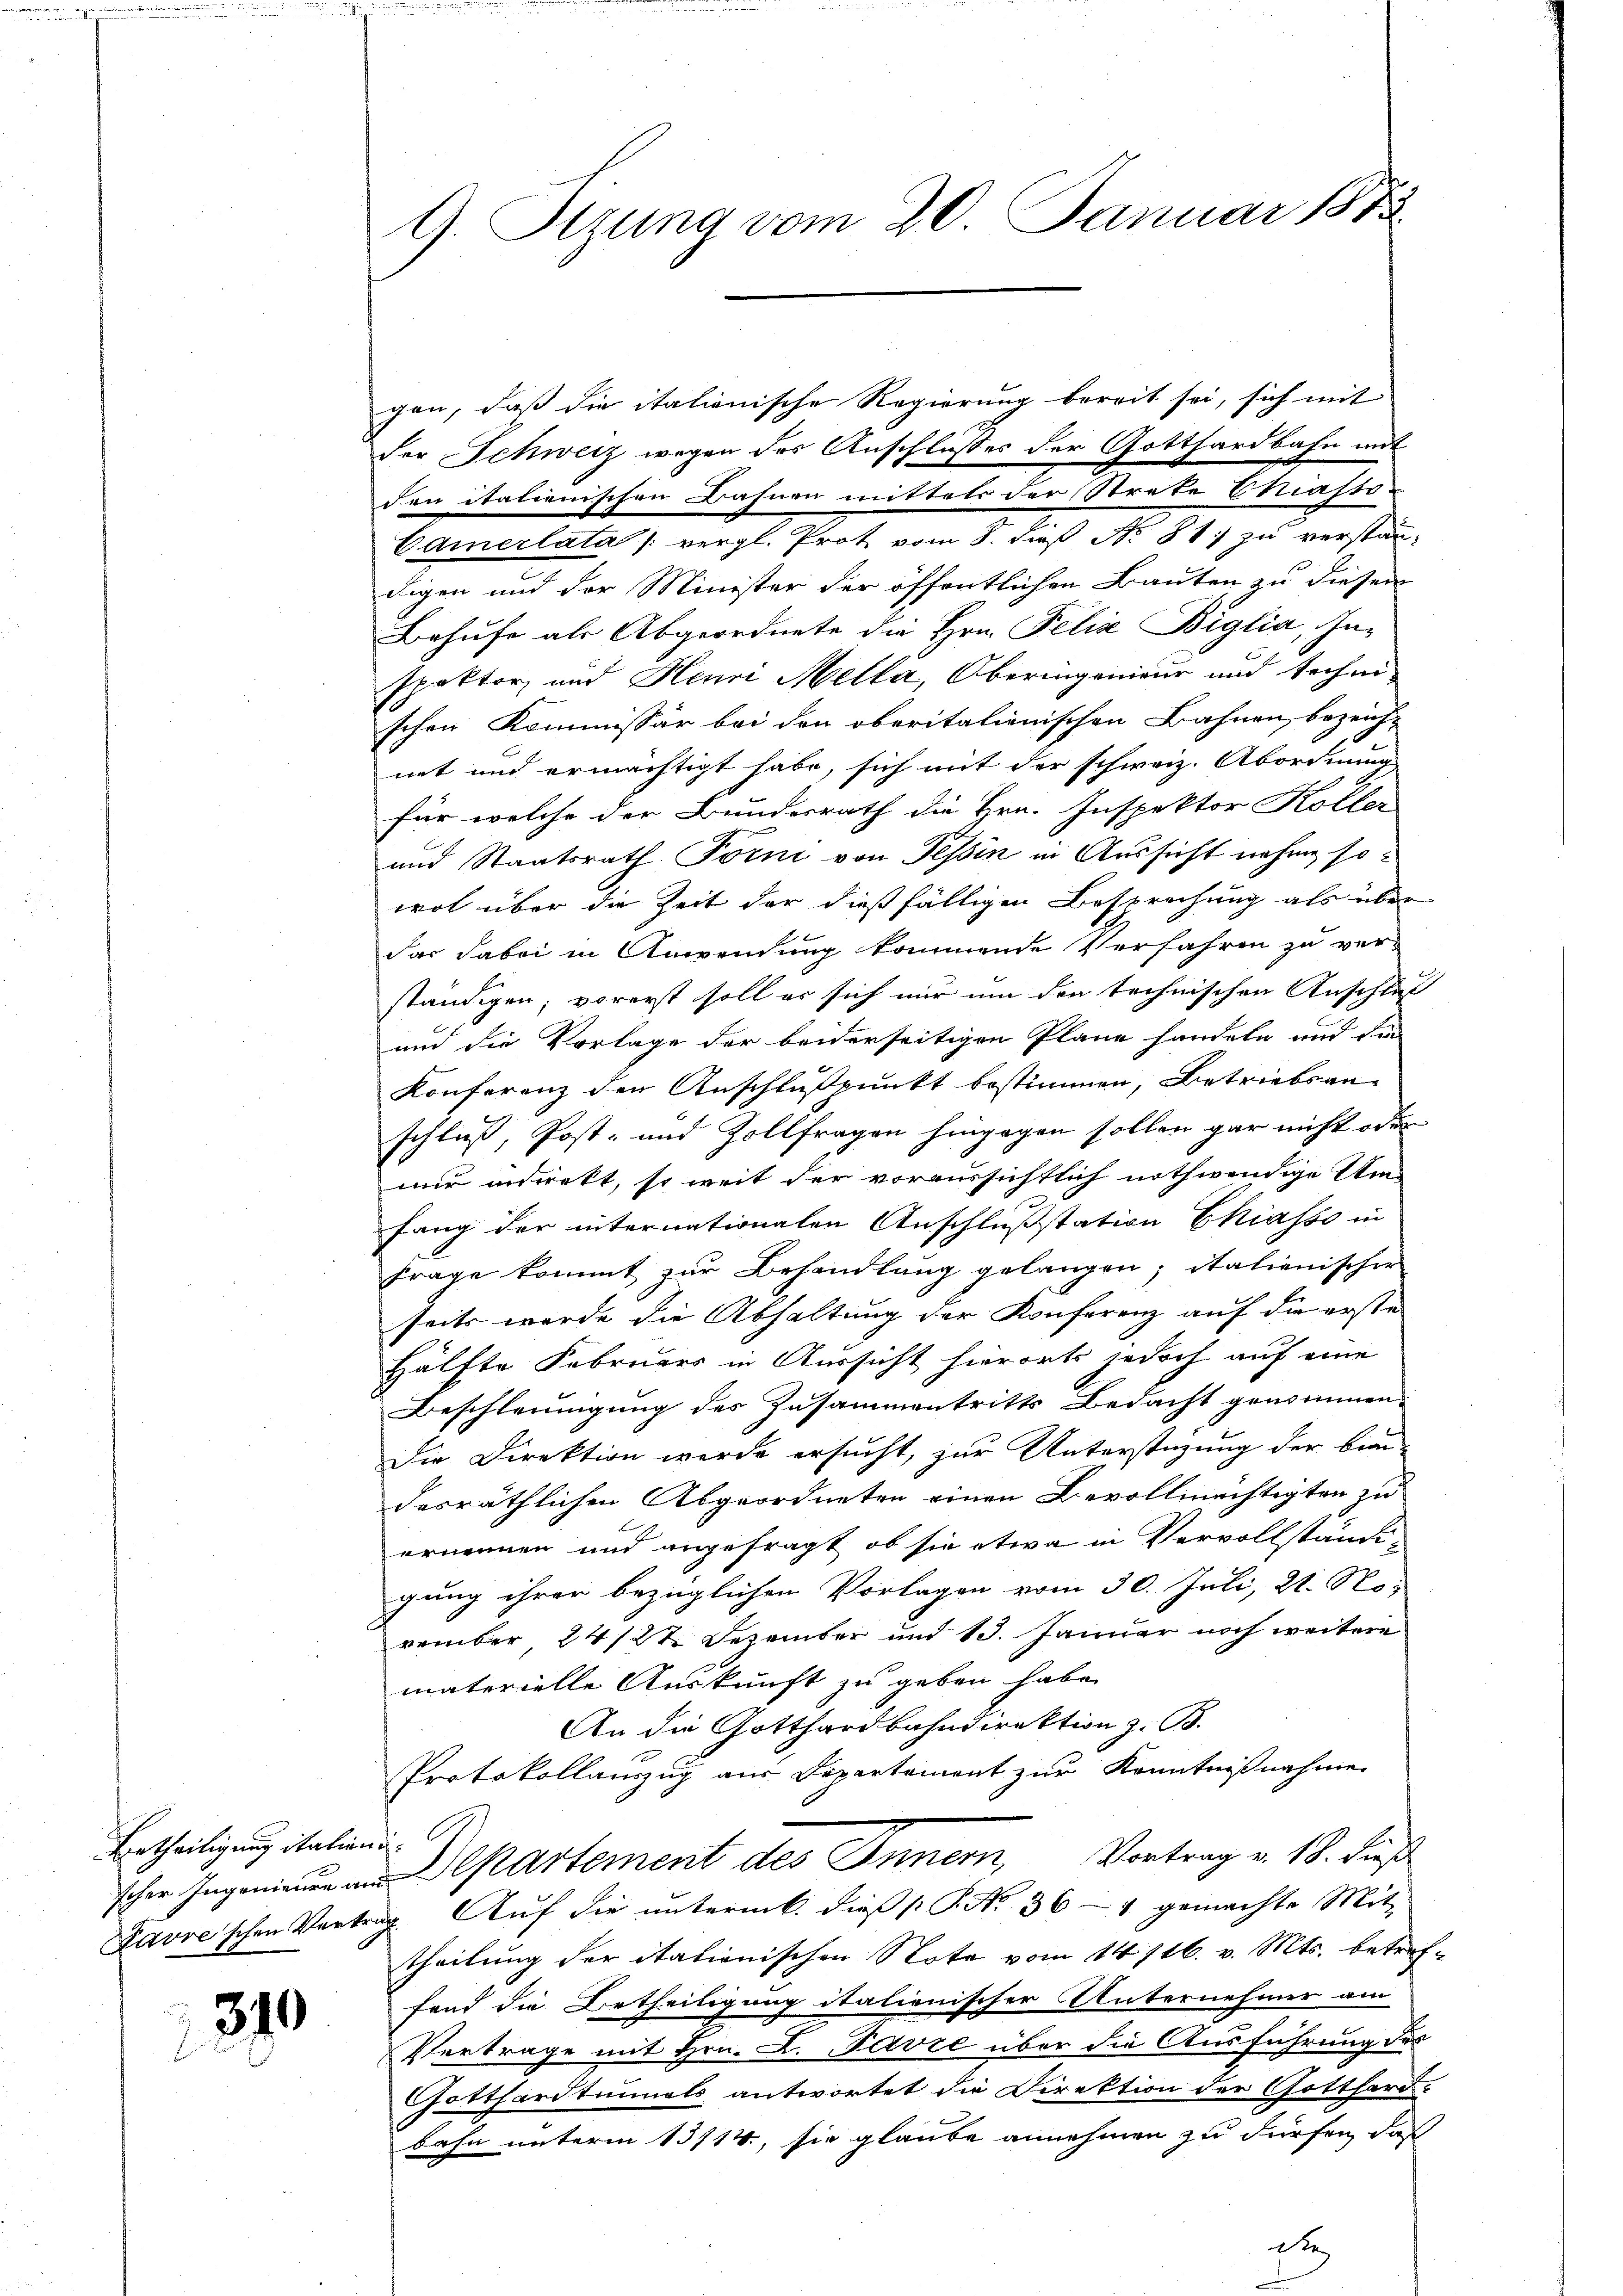
Ertheiligung italia.
scher Ingenieure an
Havre'schen Vort.

310

9. Setzung vom 20. Januar 1873.

gen, daß die italionische Regierung bereit sei, sich mit
der Schweiz wegen des Anschlußes der Gotthardbahn mit
den italienischen Bahnen mittels der Strate Chiafts-
Camerlata (vergl. Prot vom 8. daß No. 81. zu verstän-
digen und der Minister der öffentlichen Bauten zu diesem
Behufe als Abgeordnete die Hrn. Felix Biglia, Inspektor, und Henni Mella, Oberingenieur und techni
schen Kommissär bei den oberitalienischen Bahnen, bezeich-
net und ermächtigt habe, sich mit der schweiz. Abordnung
für welche der Bundesrath die Hrn. Inspektor Koller
und Staatsrath Forni von Tessin in Aussicht nahme so
wol über die Zeit der dießfälligen Besprechung als über
das dabei in Anwendung kommende Verfahren zu ver-
ständigen; vorerst soll er sich nur um den technischen Anschlus
und die Vorlage der beiderseitigen Pläne fandeln und die
Konferenz den Anschlußpunkt bestimmen, Betriebsan-
schließ, Post- und Zollfragen hingegen sollen gar nicht oder
mir intrett, so weit der voraussichtlich nothwendige Umfang der internationalen Anschlußstation Chiasso in
Frage kommt zur Behandlung gelangen; italienischer
seits werde die Abhaltung der Konferenz auf die erste
Hälfte Februars in Aussicht hierorts jedoch auf eine
Beschleunigung des Zusammentritts Bedacht genommen.
Die Direktion werde ersucht, zur Unterstüzung der bien-
desräthlichen Abgeordneten einen Bevollmächtigten zu
ernennen und angefragt, ob sie etwa in Vervollständi-
gung ihrer bezüglichen Vorlagen vom 30. Juli, 21. No.
vember 24/22. Dezember und 13. Januar noch weitere
materielle Auskunft zu geben habe.
An die Gotthardbahndirektion z. B.
Protokollauszug aus Departement zur Kenntnißnahme
rafs
Departement des Innern, Vortrag v. 18. dieß
ug. Auf die untermk. dieß P. Nr. 36 - 4. gemachte Mit-
theilung der itationischen Nota vom 14/16. v. Mts. betreffand die Betheiligung italionischer Unternehmer am
Vertrage mit Hrn. L. Favre über die Ausführung des
Gotthardtunnels antwortet die Direktion der Gotthard-
bahn unterm 13/14., sie glaube annehmen zu dürfen, daß

1x